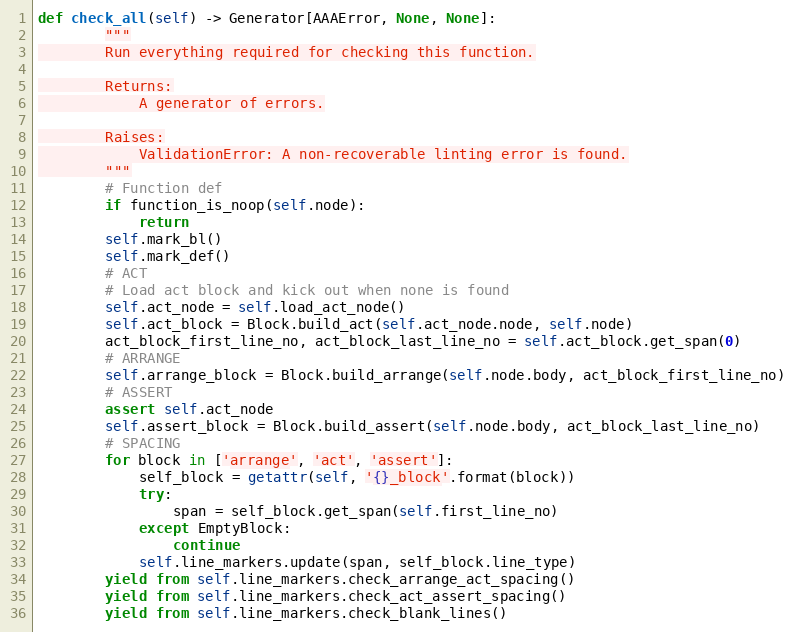
Language: Python
def check_all(self) -> Generator[AAAError, None, None]:
        """
        Run everything required for checking this function.

        Returns:
            A generator of errors.

        Raises:
            ValidationError: A non-recoverable linting error is found.
        """
        # Function def
        if function_is_noop(self.node):
            return
        self.mark_bl()
        self.mark_def()
        # ACT
        # Load act block and kick out when none is found
        self.act_node = self.load_act_node()
        self.act_block = Block.build_act(self.act_node.node, self.node)
        act_block_first_line_no, act_block_last_line_no = self.act_block.get_span(0)
        # ARRANGE
        self.arrange_block = Block.build_arrange(self.node.body, act_block_first_line_no)
        # ASSERT
        assert self.act_node
        self.assert_block = Block.build_assert(self.node.body, act_block_last_line_no)
        # SPACING
        for block in ['arrange', 'act', 'assert']:
            self_block = getattr(self, '{}_block'.format(block))
            try:
                span = self_block.get_span(self.first_line_no)
            except EmptyBlock:
                continue
            self.line_markers.update(span, self_block.line_type)
        yield from self.line_markers.check_arrange_act_spacing()
        yield from self.line_markers.check_act_assert_spacing()
        yield from self.line_markers.check_blank_lines()